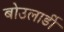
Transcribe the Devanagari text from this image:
बोउलार्डी